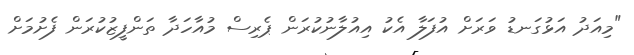
"މިއަދު އަޅުގަނޑު ވަރަށް އުފަލާ އެކު އިއުލާނުކުރަން ޕެރިސް މުއާހަދާ ތަންފީޒުކުރަން ފެށުމަށް